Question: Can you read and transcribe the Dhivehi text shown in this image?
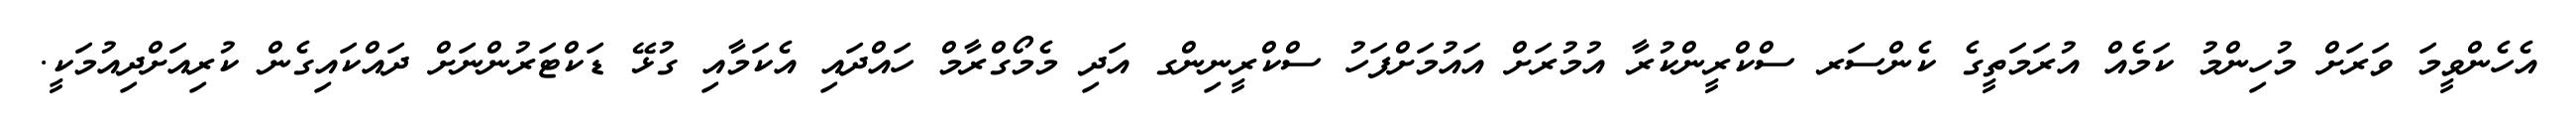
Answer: އެހެންވީމަ ވަރަށް މުހިންމު ކަމެއް އުރަމަތީގެ ކެންސަރ ސްކްރީންކުރާ އުމުރަށް އައުމަށްފަހު ސްކްރީނިންގ އަދި މެމޯގްރާމް ހައްދައި އެކަމާއި ގުޅޭ ޑަކްޓަރުންނަށް ދައްކައިގެން ކުރިއަށްދިއުމަކީ.